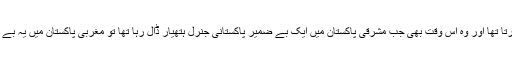
وہ پاکستانی جنرل جو شراب میں اتنا دھت رہتا تھا کہ اپنی پتلون میں پیشاب کر دیا کرتا تھا اور وہ اس وقت بھی جب مشرقی پاکستان میں ایک بے ضمیر پاکستانی جنرل ہتھیار ڈال رہا تھا تو مغربی پاکستان میں یہ بے ہوش جنرل ٹی وی پہ آکر ہندوستان سے ہزار سال جنگ کرنے کی تقریر کر رہا تھا۔